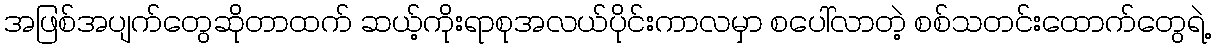
အဖြစ်အပျက်တွေဆိုတာထက် ဆယ့်ကိုးရာစုအလယ်ပိုင်းကာလမှာ စပေါ်လာတဲ့ စစ်သတင်းထောက်တွေရဲ့